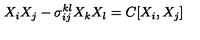
X _ { i } X _ { j } - \sigma _ { i j } ^ { k l } X _ { k } X _ { l } = C [ X _ { i } , X _ { j } ]